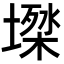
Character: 𡑙